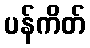
ပန်ကိတ်